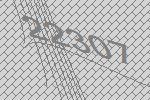
22307